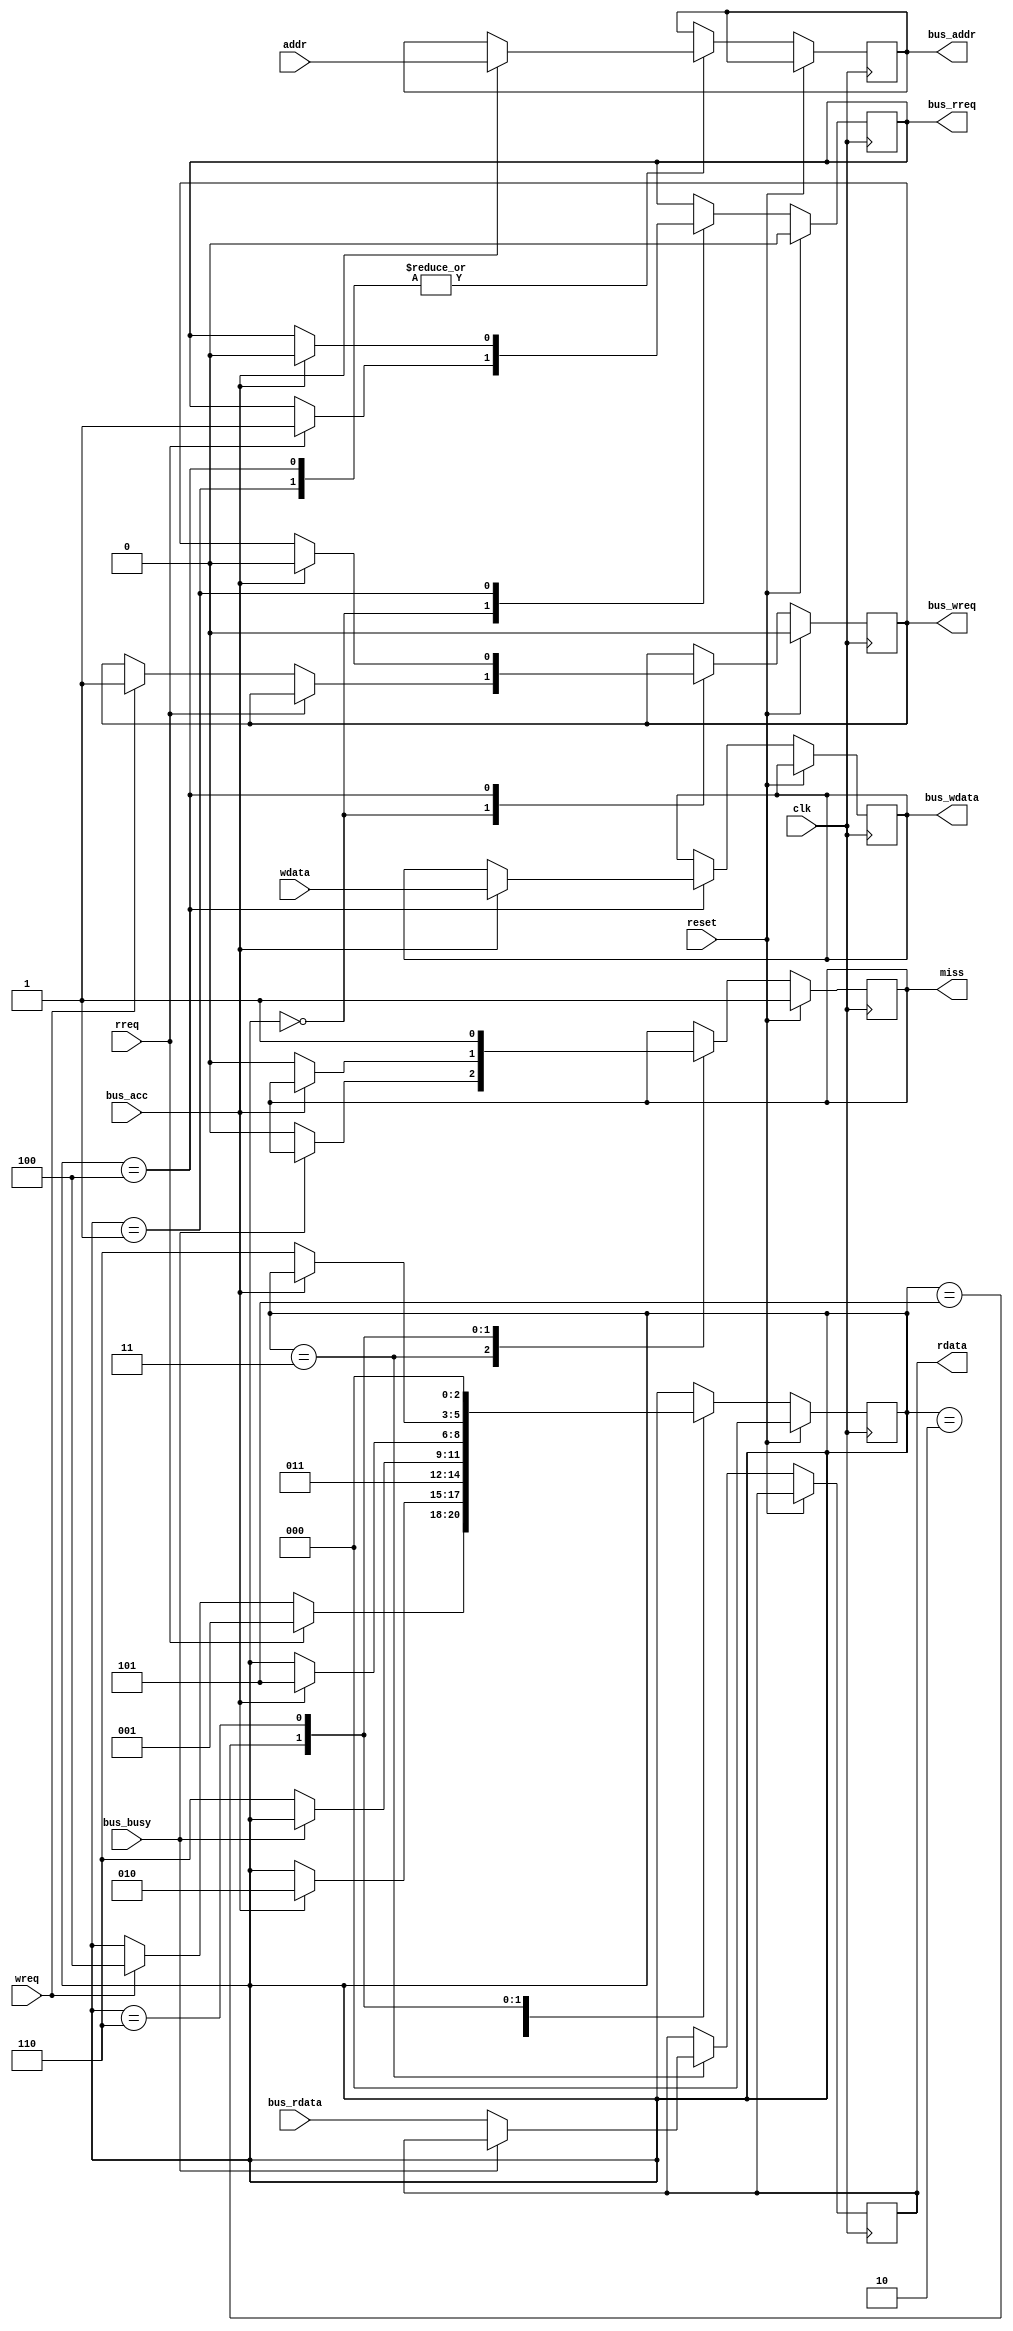
module DirectLoader(clk, reset, rreq, wreq, addr, rdata, wdata, miss, 
                    bus_rreq, bus_wreq, bus_addr, bus_acc, bus_rdata, bus_wdata, bus_busy);
                    
    input  wire clk, reset;
    
    input  wire rreq, wreq;
    input  wire [31:0] addr, wdata;
    output reg  [31:0] rdata;
    output reg  miss;
    
    output reg  bus_rreq, bus_wreq;
    output reg  [31:0] bus_addr;
    output reg  [31:0] bus_wdata;
    input  wire bus_acc, bus_busy;
    input  wire [31:0] bus_rdata;
    
    reg [2:0] state;
    `define DL_STATE_IDLE 3'h0
    `define DL_STATE_RWAIT 3'h1
    `define DL_STATE_RDELAY 3'h2
    `define DL_STATE_READ 3'h3
    `define DL_STATE_WWAIT 3'h4
    `define DL_STATE_WRITE 3'h5
    `define DL_STATE_FINISH 3'h6
    
    always @(posedge clk) begin
        if (reset) begin
            state <= 3'h0;
            bus_rreq <= 1'b0;
            bus_wreq <= 1'b0;
            miss <= 1'b1;
        end else begin
            case (state) 
            `DL_STATE_IDLE: begin
                if (rreq) begin
                    bus_rreq <= 1'b1;
                    state <= `DL_STATE_RWAIT;
                end else if (wreq) begin
                    bus_wreq <= 1'b1;
                    state <= `DL_STATE_WWAIT;
                end
            end
            `DL_STATE_RWAIT: begin
                if (bus_acc) begin
                    bus_addr <= addr;
                    bus_rreq <= 1'b0;
                    state <= `DL_STATE_RDELAY;
                end
            end
            `DL_STATE_RDELAY: begin
                state <= `DL_STATE_READ;
            end
            `DL_STATE_READ: begin
                if (~bus_busy) begin
                    rdata <= bus_rdata;
                    miss <= 1'b0;
                    state <= `DL_STATE_FINISH;
                end
            end
            `DL_STATE_WWAIT: begin
                if (bus_acc) begin
                    bus_addr <= addr;
                    bus_wreq <= 1'b0;
                    bus_wdata <= wdata;
                    state <= `DL_STATE_WRITE;
                end
            end
            `DL_STATE_WRITE: begin
                if (~bus_acc) begin
                    miss <= 1'b0;
                    state <= `DL_STATE_FINISH;
                end
            end
            `DL_STATE_FINISH: begin
                miss <= 1'b1;
                state <= `DL_STATE_IDLE;
            end
            endcase
        end
    end
              
endmodule